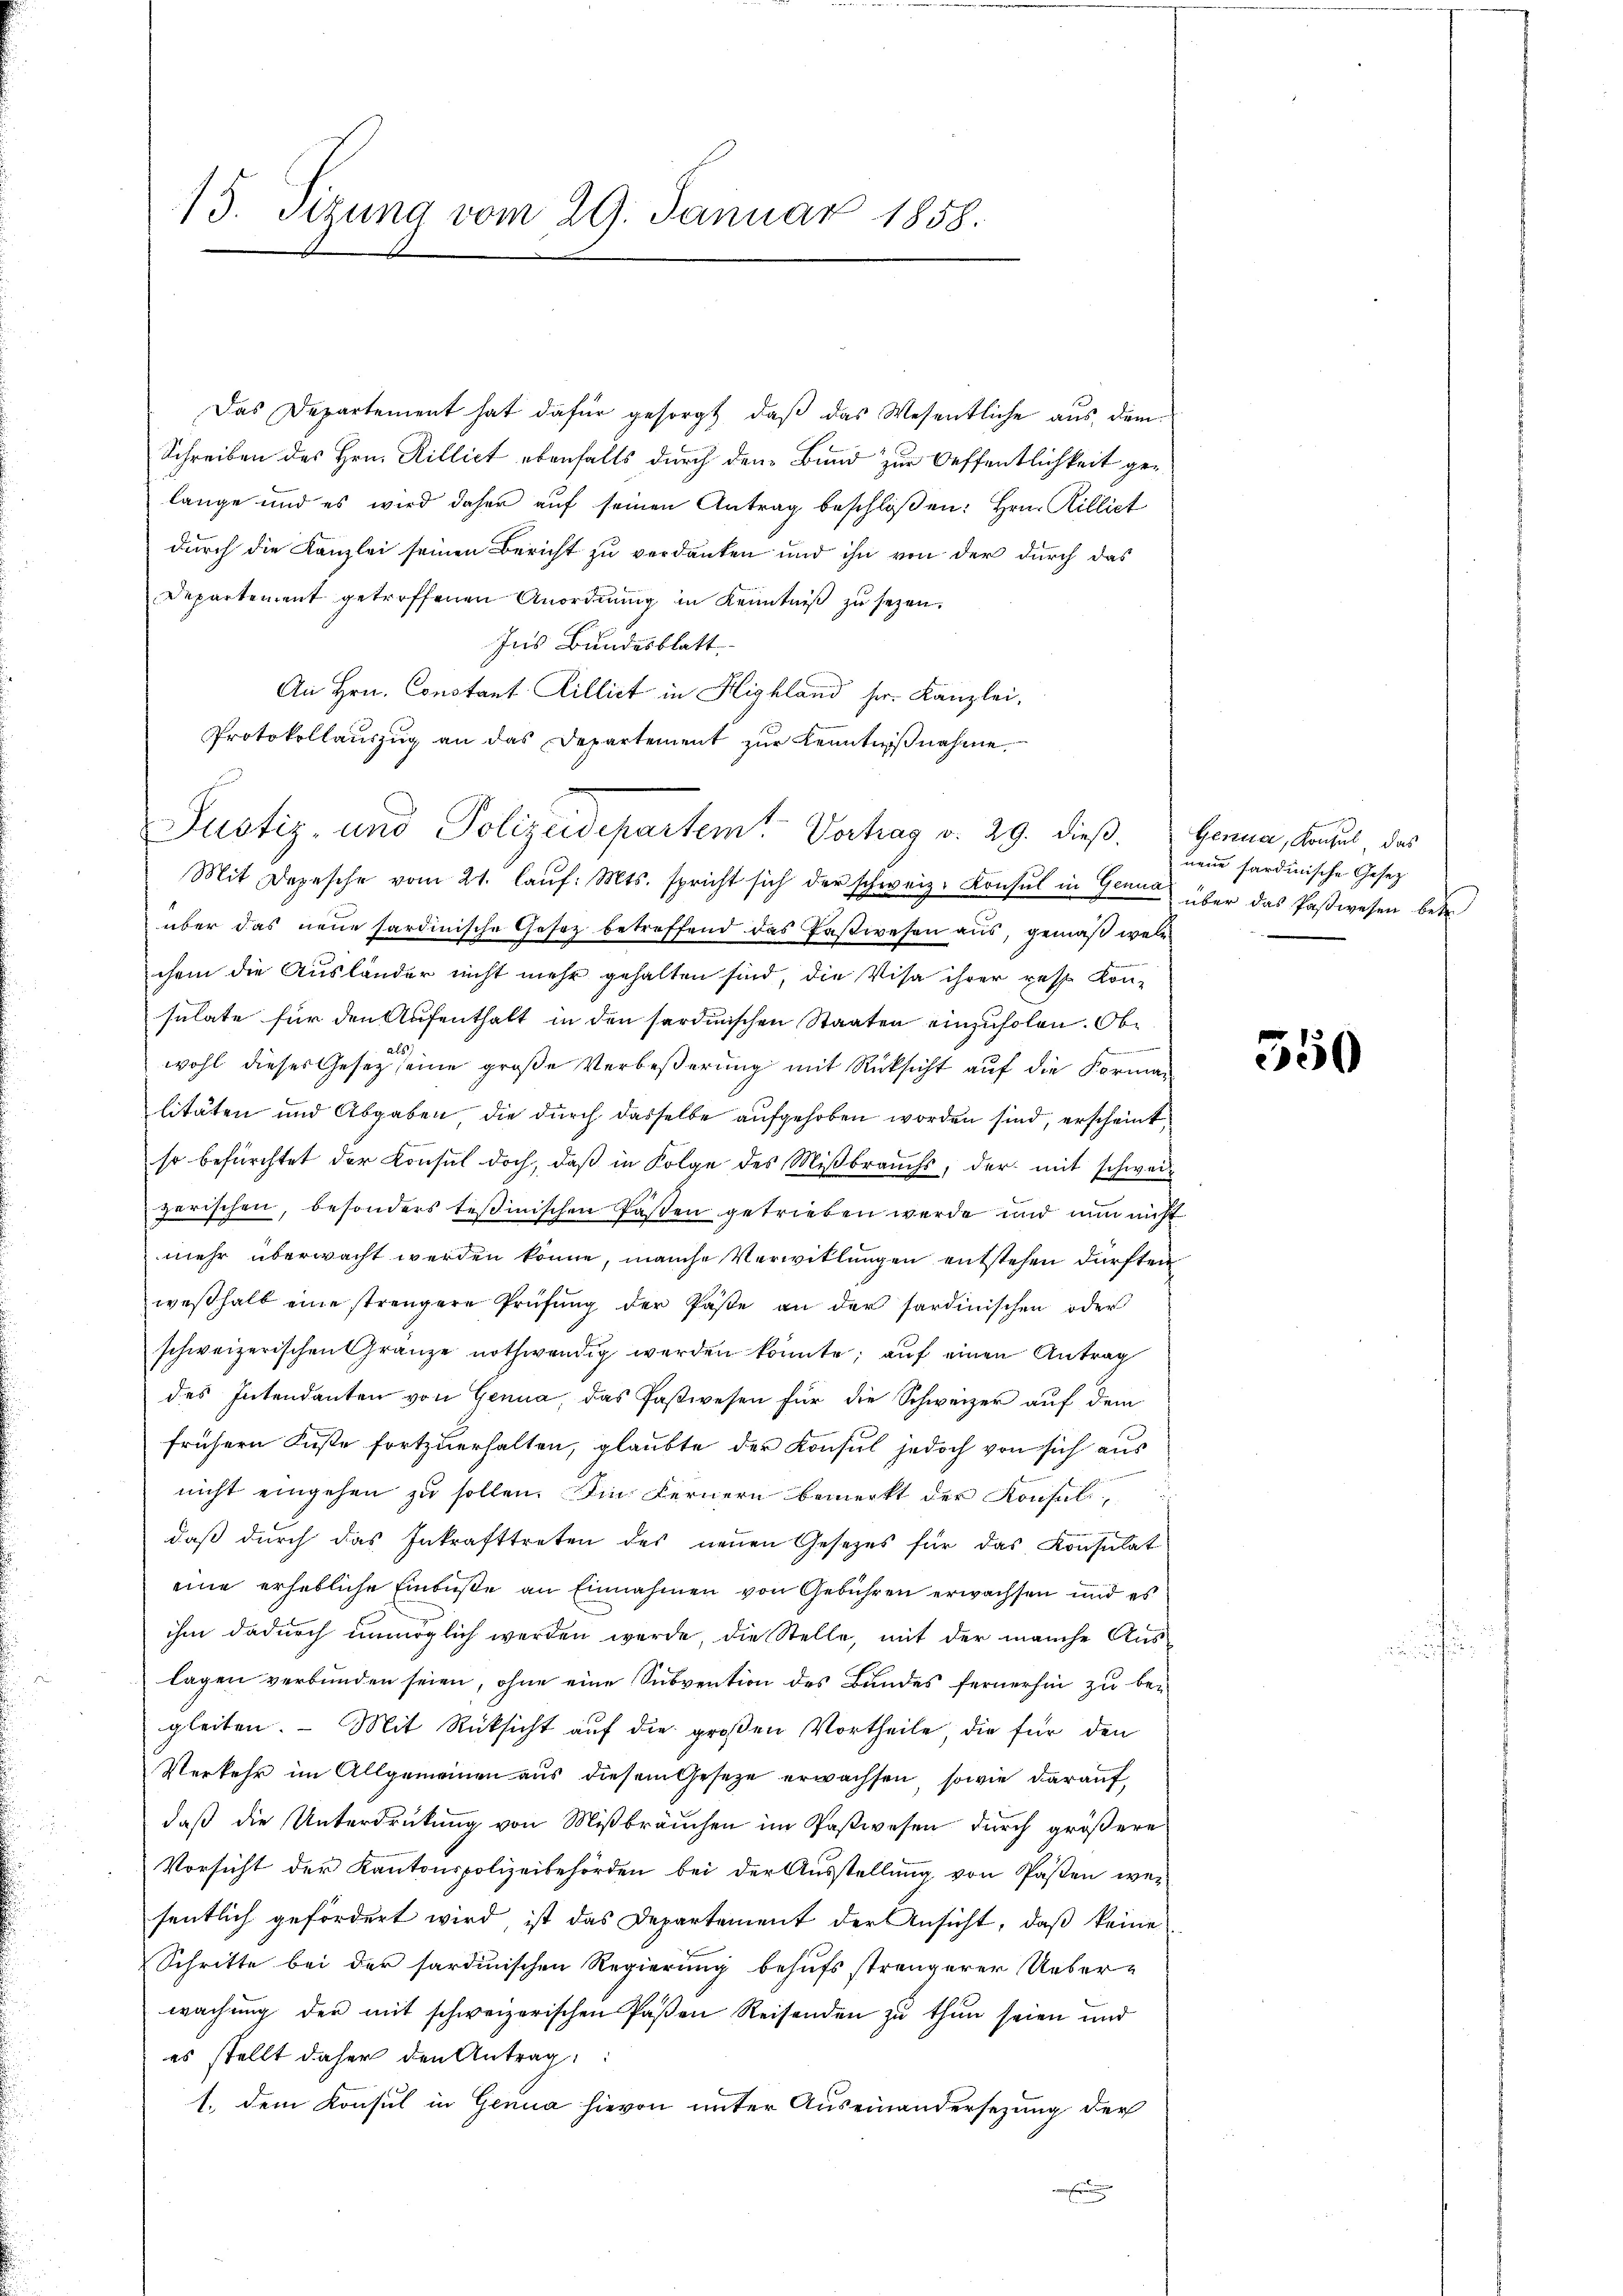
Departement getroffenen Anordnung in Kenntniß zu sezen.
Ins Bundesblatt
An Hrn. Constant Zillict in Highland sr. Kanzlei,
Protokollauszug an das Departement zur Kenntnißnahme

Mit Depesche vom 21. laŭf. Mts. spricht sich der schweiz. Konsul in Genua über das Pawesen betr.
über das neue hardinische Gesetz betreffend das Pastwesen aus, gemäß welchem die Ausländer nicht mehr gehalten sind, die Visa ihrer resp. Kon-
sulate für den Aufenthalt in den sardinischen Staaten einzuholen. Ob¬
.
wohl dieses Gesetz seine große Verbeßerung mit Rücksicht auf die Formalitäten und Abgaben, die durch dasselbe aufgehoben worden sind, erscheint,
so befürchtet der Konsul doch, daß in Folge des Mißbrauchs, der mit schweizerischen, besonders tessinischen Passen getrieben werde und nun nicht
mehr überwacht werden könne, manche Verwitlungen entstehen dürften
weβhalb eine strengere Prüfŭng der Päße an der sardinischen oder
schweizerischen Gränze nothwendig werden könnte; aŭf einen Antrag
des Intendanten von Genua, das Paßwesen für die Schweizer auf dem
frühern Kuste fortzuerhalten, glaubte der Konsul jedoch von sich aus
nicht eingehen zu sollen. Die Fernern bemerkt der Konsul,
daß durch das Inkrafttreten des neuen Gesetzes für das Konsulat
eine erhebliche Einbuße an Einnahmen von Gebühren erwachsen und es
ihm dadurch unmöglich werden werde, die Stelle, mit der manche Aus-
lagen verbunden seien, ohne eine Subvention des Bundes fernerhin zu begleiten. - Mit Rücksicht auf die großen Vortheile, die für den
Verkehr im Allgemeinen aus diesem Gesetze erwachsen, sowie darauf,
daß die Unterdruckung von Mißbräuchen im Paßwesen durch größere
Vorsicht der Kantonspolizeibehörden bei der Ausstellung von Pasten wesentlich gefördert wird, ist das Departement der Ansicht, daß keine
Schritte bei der sardinischen Regierung behufs strengerer Ueber-
wachung der mit schweizerischen Paßen Reisenden zu thun seien und
es stellt daher den Antrag:
1. dem Konsul in Genua hievon unter Auseinandersezung der
r

15. Sizung vom 29. Januar 1858.

Justiz- und Polizeidepartem Vortrag v. 29. dieβ. Genua, Konsul, das

Das Departement hat dafür gesorgt, daß das Wesentliche aus dem
Schreiben des Hrn. Rillict ebenfalls durch dem Bund zur Oeffentlichkeit gelange und es wird daher auf seinen Antrag beschloßen: Hrn. Rillict
durch die Kanzlei seinen Bericht zu verdanken und ihn von der durch das

neue sardinische Gesetz

550